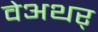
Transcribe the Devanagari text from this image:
वेअथर्